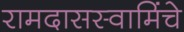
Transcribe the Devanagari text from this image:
रामदासस्वामिंचे